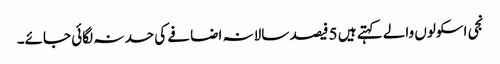
نجی اسکولوں والے کہتے ہیں 5 فیصد سالانہ اضافے کی حد نہ لگائی جائے۔